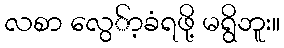
လစာ လွေ်ာ့ခံရဖို့ မရွိဘူး။